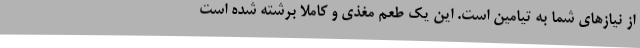
از نیازهای شما به تیامین است. این یک طعم مغذی و کاملاً برشته شده است